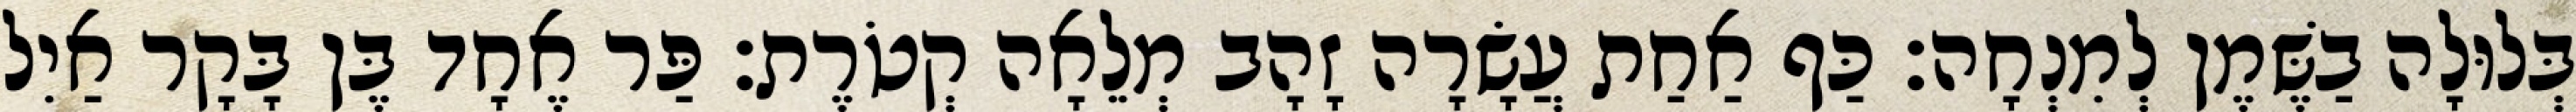
בְּלוּלָה בַשֶּׁמֶן לְמִנְחָה׃ כַּף אַחַת עֲשָׂרָה זָהָב מְלֵאָה קְטֹרֶת׃ פַּר אֶחָד בֶּן בָּקָר אַיִל